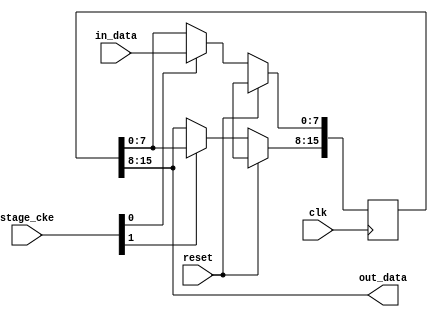
// ---------------------------------------------------------------------------
//  Jelly  -- The platform for real-time computing
//
//                                 Copyright (C) 2008-2020 by Ryuji Fuchikami
//                                 https://github.com/ryuz/jelly.git
// ---------------------------------------------------------------------------



`timescale 1ns / 1ps
`default_nettype none



// pipeline delay
module jelly_pipeline_delay
        #(
            parameter   PIPELINE_STAGES = 2,
            parameter   DATA_WIDTH      = 8,
            parameter   INIT_DATA       = {DATA_WIDTH{1'bx}}
        )
        (
            input   wire                            reset,
            input   wire                            clk,
            input   wire    [PIPELINE_STAGES-1:0]   stage_cke,
            
            input   wire    [DATA_WIDTH-1:0]        in_data,
            
            output  wire    [DATA_WIDTH-1:0]        out_data
        );
    
    
    generate
    if ( PIPELINE_STAGES > 0 ) begin
        integer                                     i;
        reg     [PIPELINE_STAGES*DATA_WIDTH-1:0]    reg_data;
        always @(posedge clk) begin
            if ( reset ) begin
                for ( i = 0; i < PIPELINE_STAGES; i = i+1 ) begin
                    reg_data[i*DATA_WIDTH +: DATA_WIDTH] <= INIT_DATA;
                end
            end
            else begin
                for ( i = 0; i < PIPELINE_STAGES; i = i+1 ) begin
                    if ( stage_cke[i] ) begin
                        reg_data[i*DATA_WIDTH +: DATA_WIDTH] <= (i == 0 ) ? in_data : reg_data[(i-1)*DATA_WIDTH +: DATA_WIDTH];
                    end
                end
            end
        end
        assign out_data = reg_data[(PIPELINE_STAGES-1)*DATA_WIDTH +: DATA_WIDTH];
    end
    else begin
        assign out_data = in_data;
    end
    endgenerate
    
    
endmodule


`default_nettype wire


// end of file